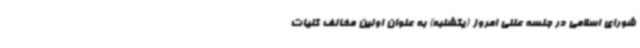
شورای اسلامی در جلسه علنی امروز (یکشنبه) به عنوان اولین مخالف کلیات